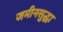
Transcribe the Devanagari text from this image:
जमीनसुद्धा